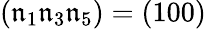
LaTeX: (\mathfrak{n}_{1}\mathfrak{n}_{3}\mathfrak{n}_{5})=(100)